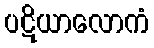
ပဋိယာလောကံ